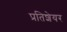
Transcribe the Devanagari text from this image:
प्रतिशेयर